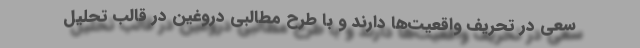
سعی در تحریف واقعیت‌ها دارند و با طرح مطالبی دروغین در قالب تحلیل